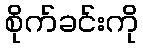
စိုက်ခင်းကို